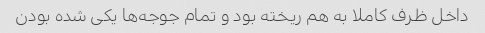
داخل ظرف کاملا به هم ریخته بود و تمام جوجه‌ها یکی شده بودن